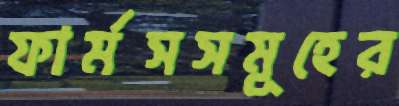
ফার্মসসমূহের